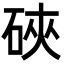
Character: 硤